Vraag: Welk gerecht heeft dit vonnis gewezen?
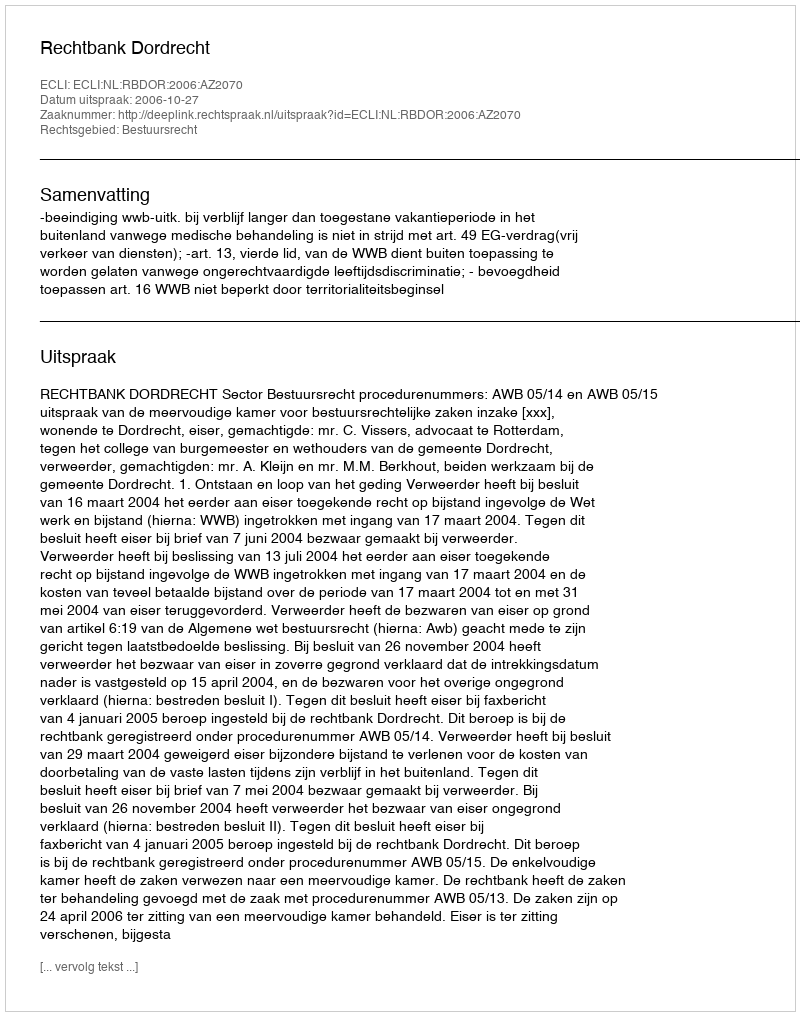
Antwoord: Rechtbank Dordrecht